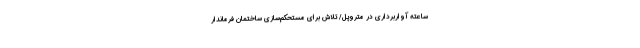
ساعته آواربرداری در متروپل/ تلاش برای مستحکم‌سازی ساختمان فرماندار